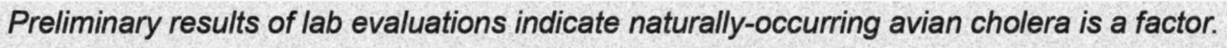
Preliminary results of lab evaluations indicate naturally-occurring avian cholera is a factor.